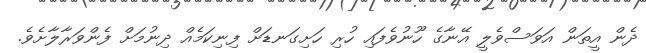
ދެން އީތަން އަވަސްވެލީ އޭނާގެ ހޫނުވެފައި ހުރި ހަށިގަނޑަށް ފިނިކަމެއް ދިނުމަށް ފެންވަރާލާށެވެ.